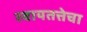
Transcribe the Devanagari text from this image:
स्वायतत्तेचा